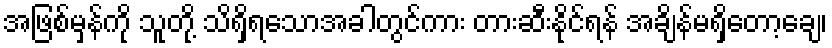
အဖြစ်မှန်ကို သူတို့ သိရှိရသောအခါတွင်ကား တားဆီးနိုင်ရန် အချိန်မရှိတော့ချေ၊